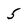
Character: 5